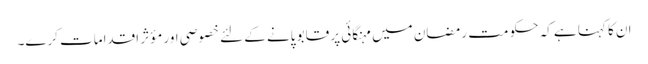
ان کا کہنا ہے کہ حکو مت رمضان میں مہنگائی پر قابو پانے کے لئے خصوصی اور مؤثر اقدامات کرے۔